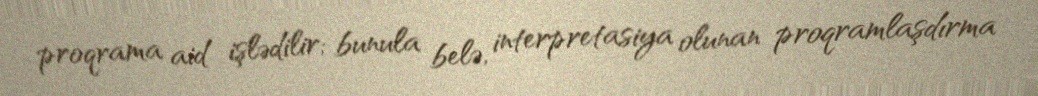
proqrama aid işlədilir; bunula belə, interpretasiya olunan proqramlaşdırma